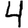
Digit: 4